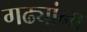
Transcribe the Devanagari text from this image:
गढ्यांना